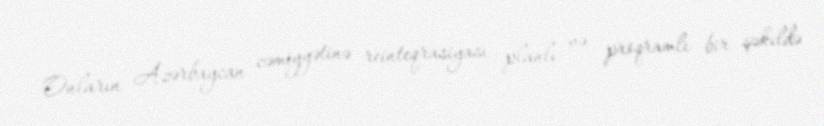
Onların Azərbaycan cəmiyyətinə reinteqrasiyası planlı və proqramlı bir şəkildə